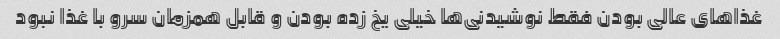
غذا‌های عالی بودن فقط نوشیدنی‌ها خیلی یخ زده بودن و قابل همزمان سرو با غذا نبود